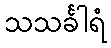
သသင်္ခါရံ